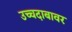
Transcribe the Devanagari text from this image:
उच्चदाबावर